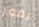
يفوز